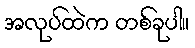
အလုပ်ထဲက တစ်ခုပါ။